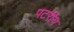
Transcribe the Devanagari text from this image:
पटरीय